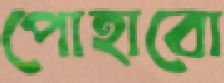
পোহাবো